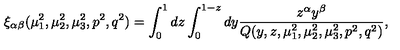
\xi _ { \alpha \beta } ( \mu _ { 1 } ^ { 2 } , \mu _ { 2 } ^ { 2 } , \mu _ { 3 } ^ { 2 } , p ^ { 2 } , q ^ { 2 } ) = \int _ { 0 } ^ { 1 } d z \int _ { 0 } ^ { 1 - z } d y \frac { z ^ { \alpha } y ^ { \beta } } { Q ( y , z , \mu _ { 1 } ^ { 2 } , \mu _ { 2 } ^ { 2 } , \mu _ { 3 } ^ { 2 } , p ^ { 2 } , q ^ { 2 } ) } ,